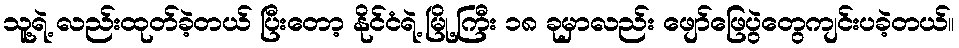
သူ့ရဲ့ လည်းထုတ်ခဲ့တယ် ပြီးတော့ နိုင်ငံရဲ့ မြို့ကြီး ၁၈ ခုမှာလည်း ဖျော်ဖြေပွဲတွေကျင်းပခဲ့တယ်။